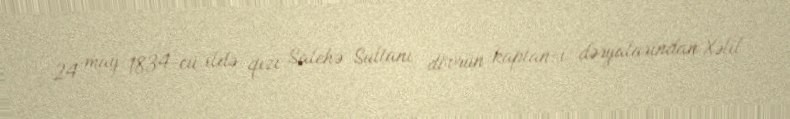
24 may 1834-cü ildə qızı Salehə Sultanı dövrün kaptan-ı dəryalarından Xəlil